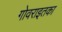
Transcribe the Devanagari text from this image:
गोवराइतका